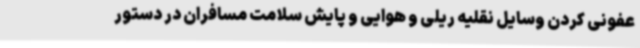
عفونی کردن وسایل نقلیه ریلی و هوایی و پایش سلامت مسافران در دستور